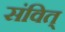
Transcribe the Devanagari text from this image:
संवित्